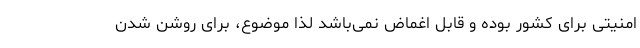
امنیتی برای کشور بوده و قابل اغماض نمی‌باشد لذا موضوع، برای روشن شدن